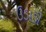
ઉડાડી